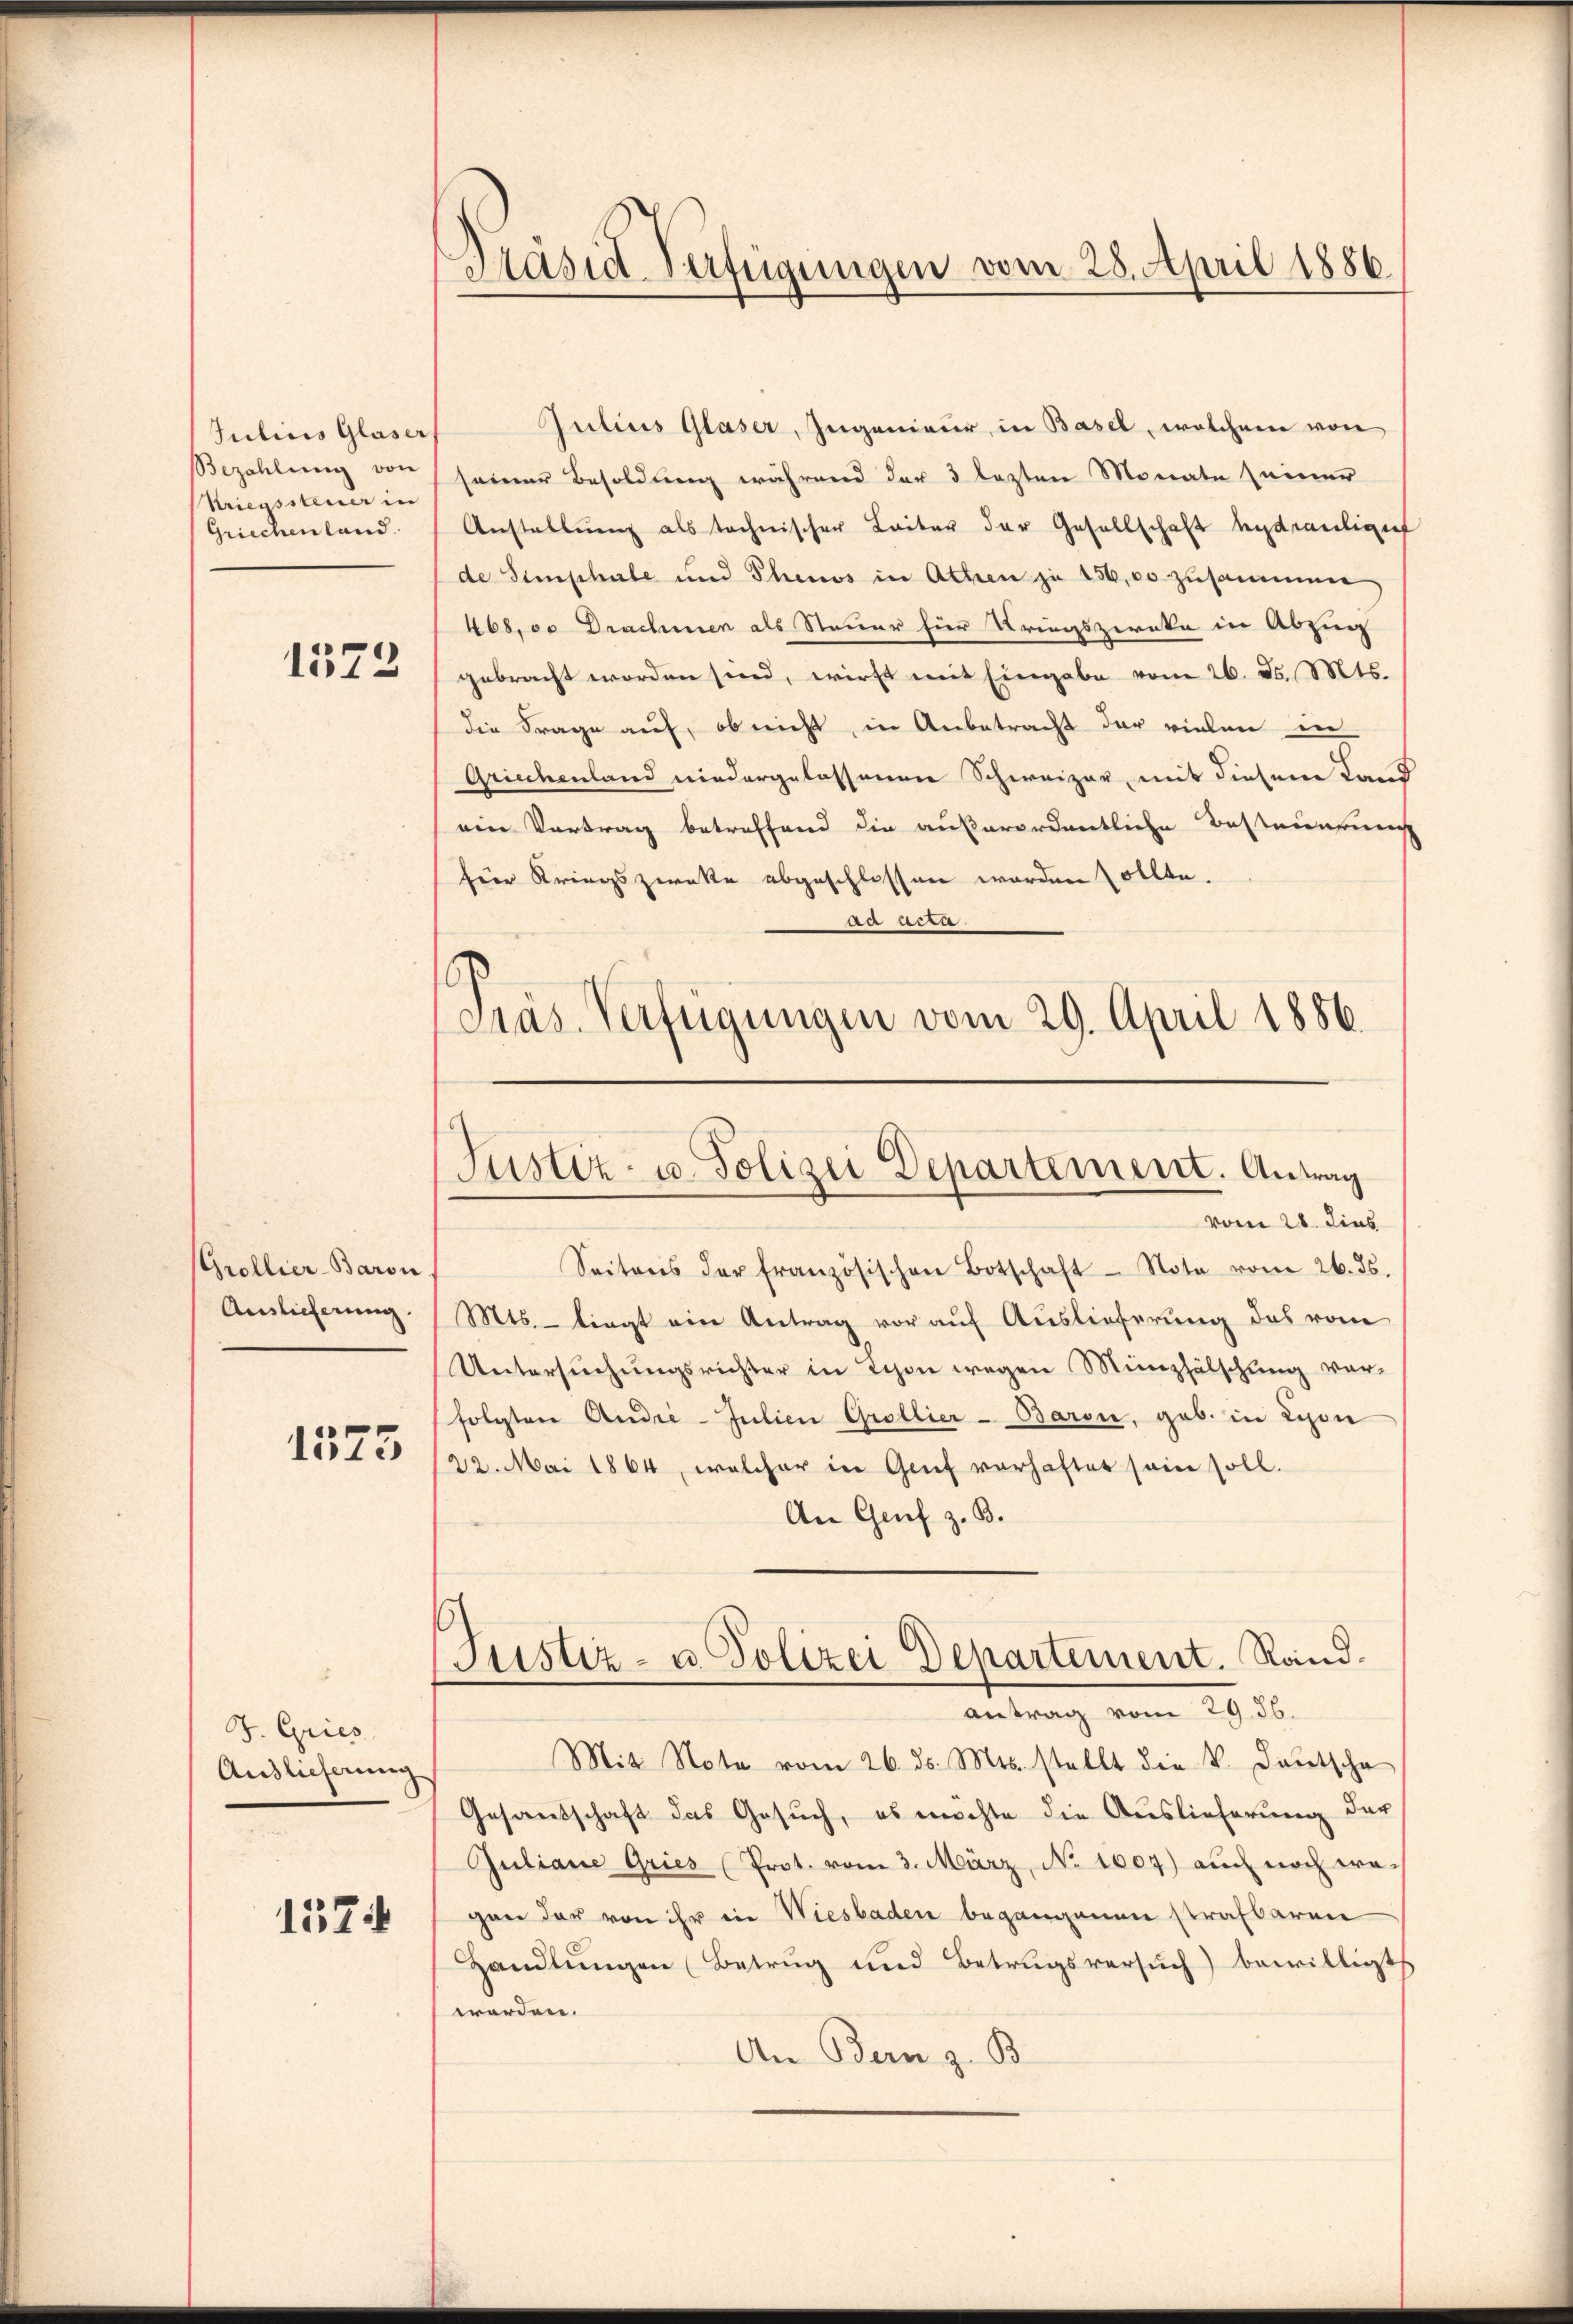
Julius Glaser
Kriegssteuer in
Griechenland.

1573

(Grollier-Baron
Auslieferung.

1575

J. Gries
Andlicherung

1574

Präsid-Verfügungen vom 28. April 1886.

Julius Glaser, Ingenieur, in Basel, welchem von
Bezahlung von seiner Besoldung während der 3 lezten Monate seiner
Anstellung als technischer Leiter der Gesellschaft hydrantiger
de Semphale und Theuos in Athen zu 156,00 zusammen
468,00 Drachmen als Steuer hier Kriegszirake in Abzug
gebracht worden sind, wirft mit Eingabe vom 26. d. Mts.
die Frage auf, ob nicht, in Anbetracht der vielen in
Griechenland niedergelassenen Schweizer, mit diesem Land
ein Vortrag betreffend die außerordentliche Besteuerung
Herr Kriegszwecke abgeschlossen worden sollte.
da Acta
Präs. Verfügungen vom 29. April 1886.

Justiz- u. Polizei Departement. Antrag
vom 28. dies

Justiz- u. Polizei Departement. Rand.
antrag vom 29. 36.

Seitens der Französischen Botschaft - Note vom 26. ds.
Mts. - liegt ein Antrag vor auf Auslieferung das vom
Untersuchungsrichter in Schon wegen Münzhälschung vor-
folgten Audić-Julien Grollier-Baron, geb. in Lyon
22. Mai 1864, welcher in Graf vorhaftet sein soll.
An Genf z. B.
Mit Note vom 26. ds. Mts. stellt die V. Deutsche
Gesandschaft das Gesuch, es möchte die Auslieferung der
Juliane Gries (Prot. vom 3. März, No 1007) auch noch wegan dar von ihr in Wiesbaden begangenen strafbaren
Handlŭngen (Betrug und Betrugsversŭch) bewilligt
worden.
An Bern z. B.